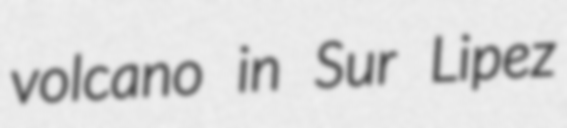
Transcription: volcano in Sur Lipez